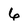
Character: 6